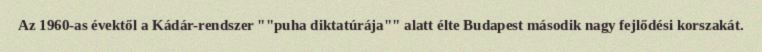
Az 1960-as évektől a Kádár-rendszer ""puha diktatúrája"" alatt élte Budapest második nagy fejlődési korszakát.